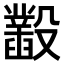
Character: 𣫞